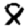
Digit: 8